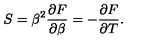
S = \beta ^ { 2 } { \frac { \partial F } { \partial \beta } } = - { \frac { \partial F } { \partial T } } .